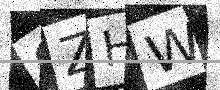
Text: OZHW